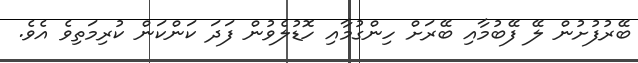
ބޭރުފުށުން ލޭ ފޭބުމާއި ބޭރަށް ހިންގުމާއި ހޮޑުލެވުން ފަދަ ކަންކަން ކުރިމަތިވެ އެވެ.